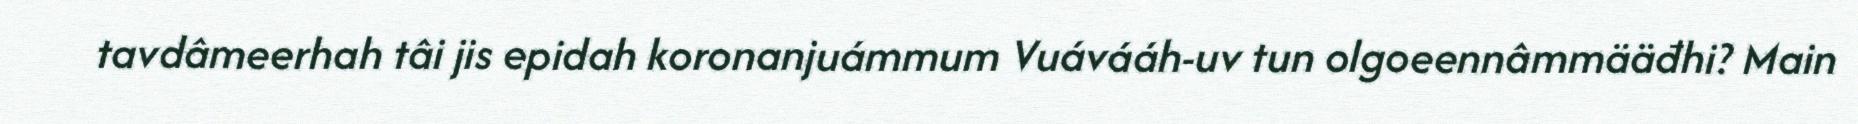
tavdâmeerhah tâi jis epidah koronanjuámmum Vuávááh-uv tun olgoeennâmmääđhi? Main